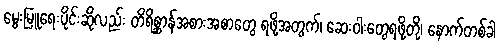
မွေးမြူရေးပိုင်းဆိုလည်း တိရိစ္ဆာန်အစားအစာတွေ ရဖို့အတွက်၊ ဆေးဝါးတွေရဖို့တို့၊ နောက်တစ်ခါ